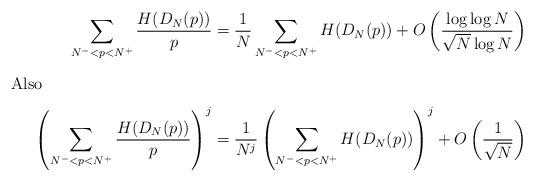
LaTeX: \begin{align*}\sum_{N^-<p<N^+}\frac{H(D_N(p))}{p}&=\frac{1}{N}\sum_{N^-<p<N^+}H(D_N(p))+O\left(\frac{\log \log N}{\sqrt{N}\log N}\right)\intertext{Also }\left(\sum_{N^-<p<N^+}\frac{H(D_N(p))}{p}\right)^j&=\frac{1}{N^j}\left(\sum_{N^-<p<N^+}H(D_N(p))\right)^j+O\left(\frac{1}{\sqrt{N}}\right)\end{align*}